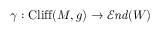
\gamma : \mathrm { C l i f f } ( M , g ) \to { \mathcal { E } } { \mathit { n d } } ( W )